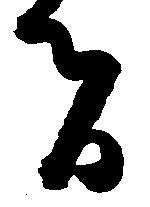
者